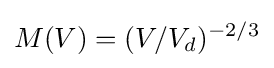
M(V)=(V/V_{d})^{-2/3}